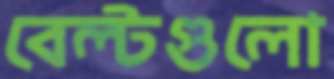
বেল্টগুলো